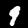
Digit: 9